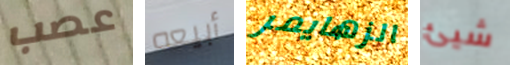
عصب أبيعه الزهايمر شيئ